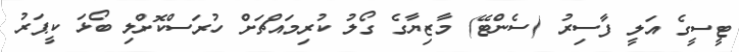
ޓީސީގެ އަލީ ފާސިރު (ސެންޓޭ) މާޒިޔާގެ ގޯލު ކުރިމައްޗަށް ހުރަސްކޮށްލި ބޯޅަ ކީޕަރު